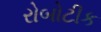
રોબોટીક